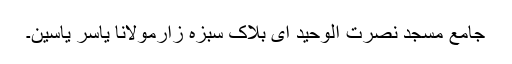
جامع مسجد نصرت الوحید ای بلاک سبزہ زارمولانا یاسر یاسین۔